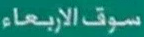
سوقالإرباعاء